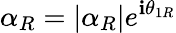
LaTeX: \alpha_{R}=|\alpha_{R}|e^{\mathbf{i}\theta_{1R}}